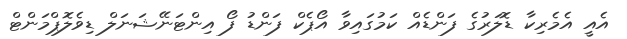
އެއީ އެމެރިކާ ޑޮލަރުގެ ފަންޑެއް ކަމުގައިވާ އޯޕެކް ފަންޑު ފޯ އިންޓަނޭޝަނަލް ޑިވެލޮޕްމަންޓް